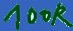
Text: 100K